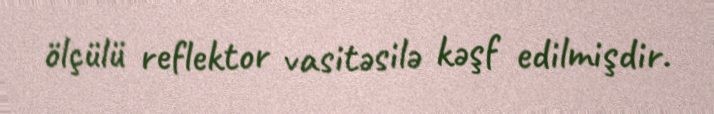
ölçülü reflektor vasitəsilə kəşf edilmişdir.